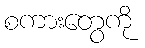
စကားတွေကို